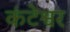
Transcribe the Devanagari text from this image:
कंटेश्वर